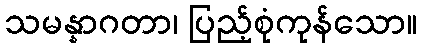
သမန္နာဂတာ၊ ပြည့်စုံကုန်သော။